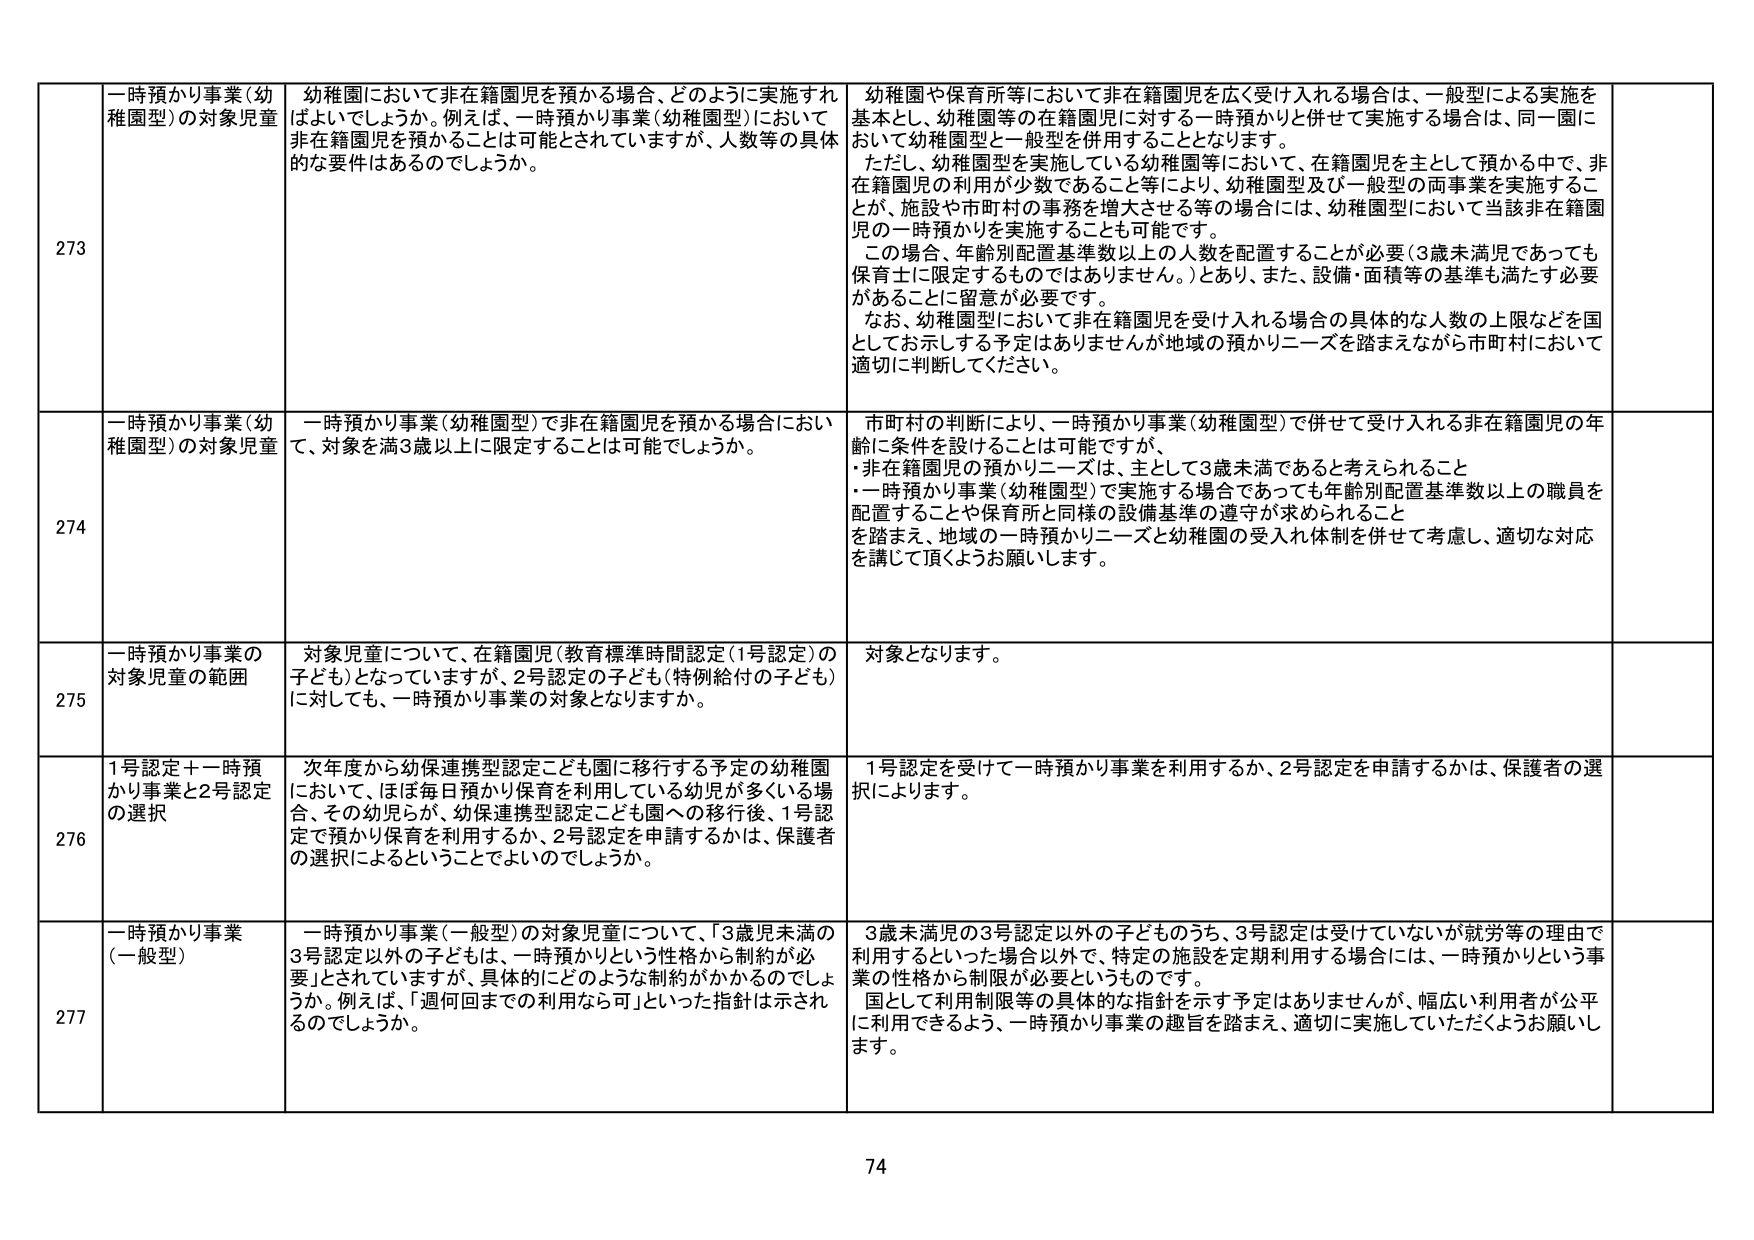
273 一時預かり事業（幼稚園型）の対象児童 幼稚園において非在籍園児を預かる場合、どのように実施すればよいでしょうか。例えば、一時預かり事業（幼稚園型）において非在籍園児を預かることは可能とされていますが、人数等の具体的な要件はあるのでしょうか。 幼稚園や保育所等において非在籍園児を広く受け入れる場合は、一般型による実施を基本とし、幼稚園等の在籍園児に対する一時預かりと併せて実施する場合は、同一園において幼稚園型と一般型を併用することとなります。 ただし、幼稚園型を実施している幼稚園等において、在籍園児を主として預かる中で、非在籍園児の利用が少数であること等により、幼稚園型及び一般型の両事業を実施することが、施設や市町村の事務を増大させる等の場合には、幼稚園型において当該非在籍園児の一時預かりを実施することも可能です。 この場合、年齢別配置基準数以上の人数を配置することが必要（3歳未満児であっても保育士に限定するものではありません。）とあり、また、設備・面積等の基準も満たす必要があることに留意が必要です。 なお、幼稚園型において非在籍園児を受け入れる場合の具体的な人数の上限などを国としてお示しする予定はありませんが地域の預かりニーズを踏まえながら市町村において適切に判断してください。

274 一時預かり事業（幼稚園型）の対象児童 一時預かり事業（幼稚園型）で非在籍園児を預かる場合において、対象を満3歳以上に限定することは可能でしょうか。 市町村の判断により、一時預かり事業（幼稚園型）で併せて受け入れる非在籍園児の年齢に条件を設けることは可能ですが、 ・非在籍園児の預かりニーズは、主として3歳未満であると考えられること ・一時預かり事業（幼稚園型）で実施する場合であっても年齢別配置基準数以上の職員を配置することや保育所と同様の設備基準の遵守が求められること を踏まえ、地域の一時預かりニーズと幼稚園の受入れ体制を併せて考慮し、適切な対応を講じて頂くようお願いします。

275 一時預かり事業の対象児童の範囲 対象児童について、在籍園児（教育標準時間認定（1号認定）の子ども）となっていますが、2号認定の子ども（特例給付の子ども）に対しても、一時預かり事業の対象となりますか。 対象となります。

276 1号認定＋一時預かり事業と2号認定の選択 次年度から幼保連携型認定こども園に移行する予定の幼稚園において、ほぼ毎日預かり保育を利用している幼児が多いくる場合、その幼児らが、幼保連携型認定こども園への移行後、1号認定で預かり保育を利用するか、2号認定を申請するかは、保護者の選択によるということでしょうか。 1号認定を受けて一時預かり事業を利用するか、2号認定を申請するかは、保護者の選択によります。

277 一時預かり事業（一般型） 一時預かり事業（一般型）の対象児童について、「3歳児未満の3号認定以外の子どもは、一時預かりという性格から制約が必要」とされていますが、具体的にどのような制約がかかるのでしょうか。例えば、「週何回までの利用なら可」といった指針は示されるのでしょうか。 3歳未満児の3号認定以外の子どものうち、3号認定は受けていないが就労等の理由で利用するといった場合以外で、特定の施設を定期利用する場合には、一時預かりという事業の性格から制限が必要というものです。 国として利用制限等の具体的な指針を示す予定はありませんが、幅広い利用者が公平に利用できるよう、一時預かり事業の趣旨を踏まえ、適切に実施していただくようお願いします。

74